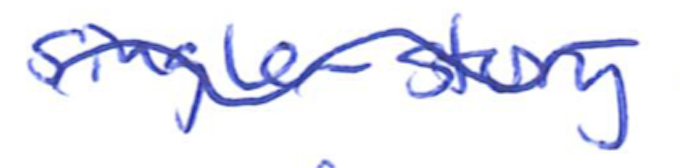
Text: single-story
Cross-out: mix
Writing tool: ballpoint